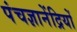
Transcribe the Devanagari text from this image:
पंचज्ञानेंद्रियों